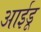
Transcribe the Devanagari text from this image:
आईडू